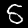
Digit: 5